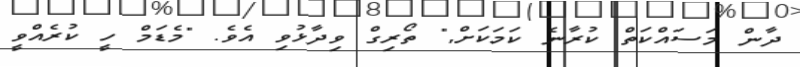
ދާން މަސައްކަތް ކުރާނެ ކަމަކަށް